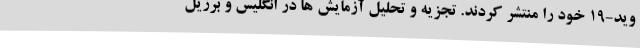
وید-19 خود را منتشر کردند. تجزیه و تحلیل آزمایش ها در انگلیس و برزیل